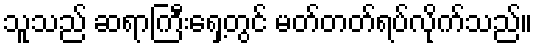
သူသည် ဆရာကြီးရှေ့တွင် မတ်တတ်ရပ်လိုက်သည်။